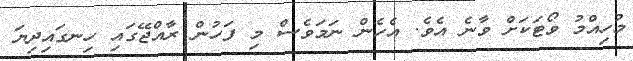
މުހިއްމު ވޯޓަކަށް ވާނެ އެވެ. އެހެން ނަމަވެސް މި ފަހުން ރާއްޖޭގައި ހިނގައިދިޔަ